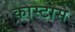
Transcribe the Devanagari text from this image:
कास्टास